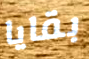
بقايا